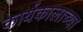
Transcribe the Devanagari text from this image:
कार्यकालाच्या